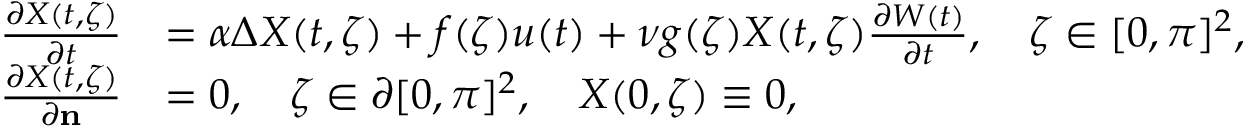
\begin{array} { r l } { \frac { \partial X ( t , \zeta ) } { \partial t } } & { = \alpha \Delta X ( t , \zeta ) + f ( \zeta ) u ( t ) + \nu g ( \zeta ) X ( t , \zeta ) \frac { \partial W ( t ) } { \partial t } , \quad \zeta \in [ 0 , \pi ] ^ { 2 } , } \\ { \frac { \partial X ( t , \zeta ) } { \partial \mathbf { n } } } & { = 0 , \quad \zeta \in \partial [ 0 , \pi ] ^ { 2 } , \quad X ( 0 , \zeta ) \equiv 0 , } \end{array}